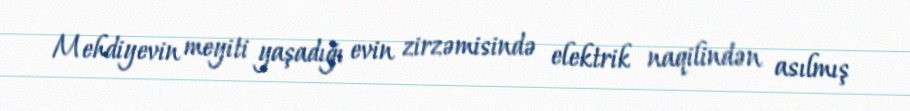
Mehdiyevin meyiti yaşadığı evin zirzəmisində elektrik naqilindən asılmış